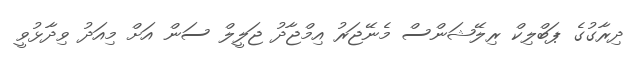
ދިރާގުގެ ޕަބްލިކް ރިލޭޝަންސް މެނޭޖަރު އިމްޖާދު ޖަލީލް ސަން އަށް މިއަދު ވިދާޅުވީ